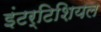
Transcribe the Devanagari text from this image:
इंटर्टिशियल